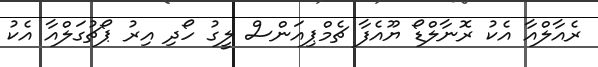
ރެއާލްއާ އެކު ރޮނާލްޑޯ ޔޫއެފާ ޗެމްޕިއަންސް ލީގު ހޯދި އިރު ޕޯޗުގަލްއާ އެކު